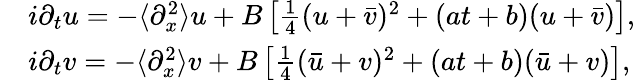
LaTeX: \begin{array}{rl}&{i\partial_{t}u=-\langle\partial_{x}^{2}\rangle u+B\left[\frac{1}{4}(u+\bar{v})^{2}+(at+b)(u+\bar{v})\right],}\\ &{i\partial_{t}v=-\langle\partial_{x}^{2}\rangle v+B\left[\frac{1}{4}(\bar{u}+v)^{2}+(at+b)(\bar{u}+v)\right],}\end{array}